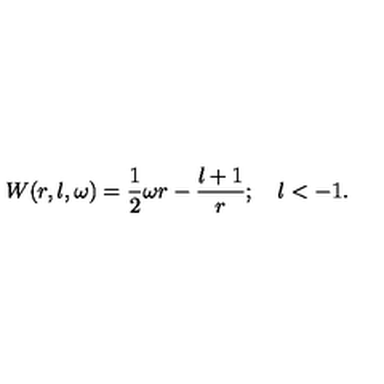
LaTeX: W ( r , l , \omega ) = \frac { 1 } { 2 } \omega r - \frac { l + 1 } { r } ; \quad l < - 1 .